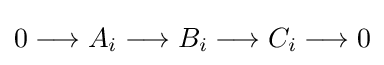
0\longrightarrow A_{i}\longrightarrow B_{i}\longrightarrow C_{i}\longrightarrow 0